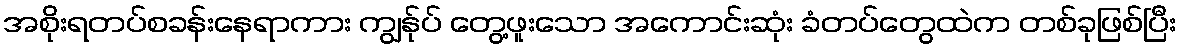
အစိုးရတပ်စခန်းနေရာကား ကျွန်ုပ် တွေ့ဖူးသော အကောင်းဆုံး ခံတပ်တွေထဲက တစ်ခုဖြစ်ပြီး